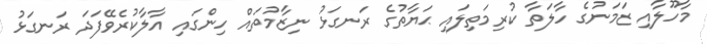
މާހޫލާއި ޒަމަނުގެ ހާލަތާ ކުރިމަތިލައި ޙަޔާތުގެ ރަނގަޅު ނިޒާމުތައް ހިންގައި އާލާކުރެވޭފަދަ ރަނގަޅު